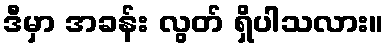
ဒီမှာ အခန်း လွတ် ရှိပါသလား။